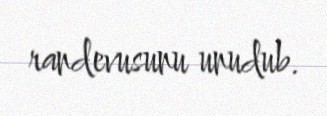
randevusunu unudub.